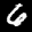
Label: 6